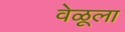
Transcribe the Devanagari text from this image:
वेळूला